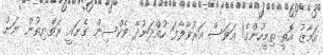
އަމާޒު އޮތީ ތިމީހުންގެ! އަވަސް އަރުވާލާފަ ހުއްދަނުދޭ ވެކްސިން ގެނައީ ރަތްޔިތުން ނަށް